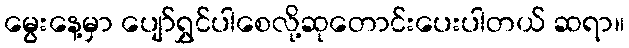
မွေးနေ့မှာ ပျော်ရွှင်ပါစေလို့ဆုတောင်းပေးပါတယ် ဆရာ။